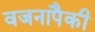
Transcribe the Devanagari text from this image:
वजनापैकी